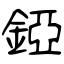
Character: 錏